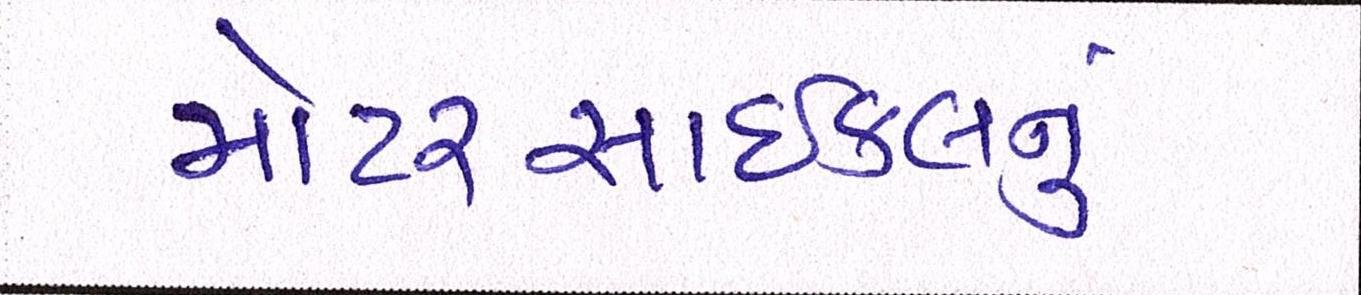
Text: મોટરસાઇકલનું